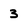
Character: 3